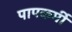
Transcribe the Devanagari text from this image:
पापकर्मी